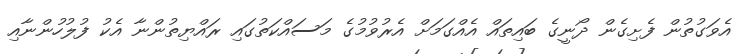
އެވަގުތުން ފެށިގެން ދޯނީގެ ބައިތައް އެއްގަމަށް އެރުވުމުގެ މަސައްކަތުގައި ރައްޔިތުންނާ އެކު ފުލުހުންނާއި